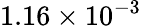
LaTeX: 1.16\times 10^{-3}